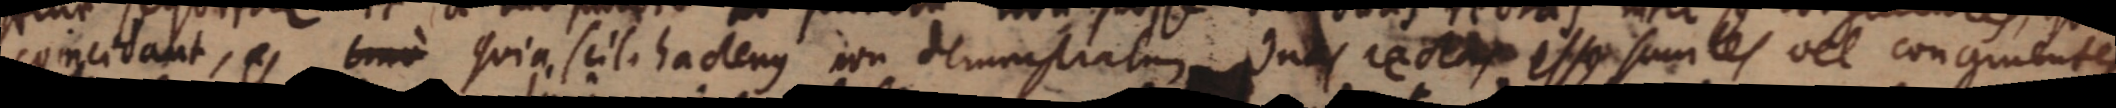
coincidant, _ quia scil. hactenus non demonstratur duas rectas esse sumtes vel congruenter